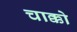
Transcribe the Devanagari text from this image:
चाक्को